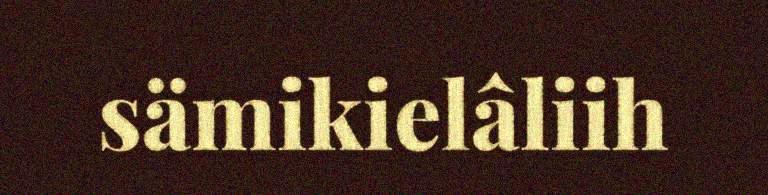
sämikielâliih